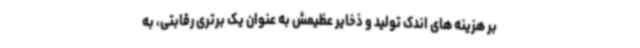
بر هزینه های اندک تولید و ذخایر عظیمش به عنوان یک برتری رقابتی، به